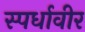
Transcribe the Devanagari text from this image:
स्पर्धावीर